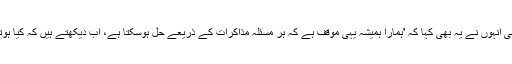
ساتھ ہی انہوں نے یہ بھی کہا کہ 'ہمارا ہمیشہ یہی موقف ہے کہ ہر مسئلہ مذاکرات کے ذریعے حل ہوسکتا ہے، اب دیکھتے ہیں کہ کیا ہوتا ہے'۔